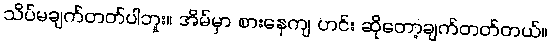
သိပ်မချက်တတ်ပါဘူး။ အိမ်မှာ စားနေကျ ဟင်း ဆိုတော့ချက်တတ်တယ်။